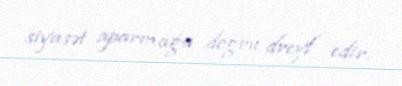
siyasət aparmağa doğru dreyf edir.